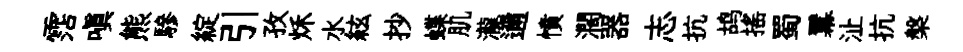
霑嗔熊驂綻引孜秌水絃抄蝶肌瀧邇憤濶器志抗鸪搖蜀羃沚抗槃